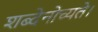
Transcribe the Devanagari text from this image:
शब्देनोच्यते।